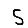
Digit: 5